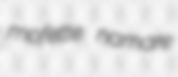
mofette namare